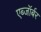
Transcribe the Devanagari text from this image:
एब्जॉर्बर